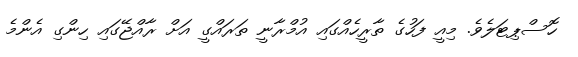
ހޮސްޕިޓަލެވެ. މިއީ ފަހުގެ ތާރީހެއްގައި އުމްރާނީ ތަރައްގީ އަށް ރާއްޖޭގައި ހިންގި އެންމެ